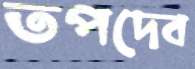
তপদেব